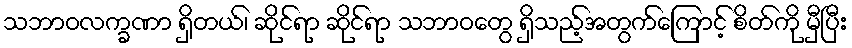
သဘာဝလက္ခဏာ ရှိတယ်၊ ဆိုင်ရာ ဆိုင်ရာ သဘာဝတွေ ရှိသည့်အတွက်ကြောင့် စိတ်ကို မှီပြီး